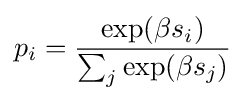
p_{i}={\frac {\exp(\beta s_{i})}{\sum _{j}\exp(\beta s_{j})}}